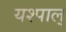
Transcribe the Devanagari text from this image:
यश्पाल्